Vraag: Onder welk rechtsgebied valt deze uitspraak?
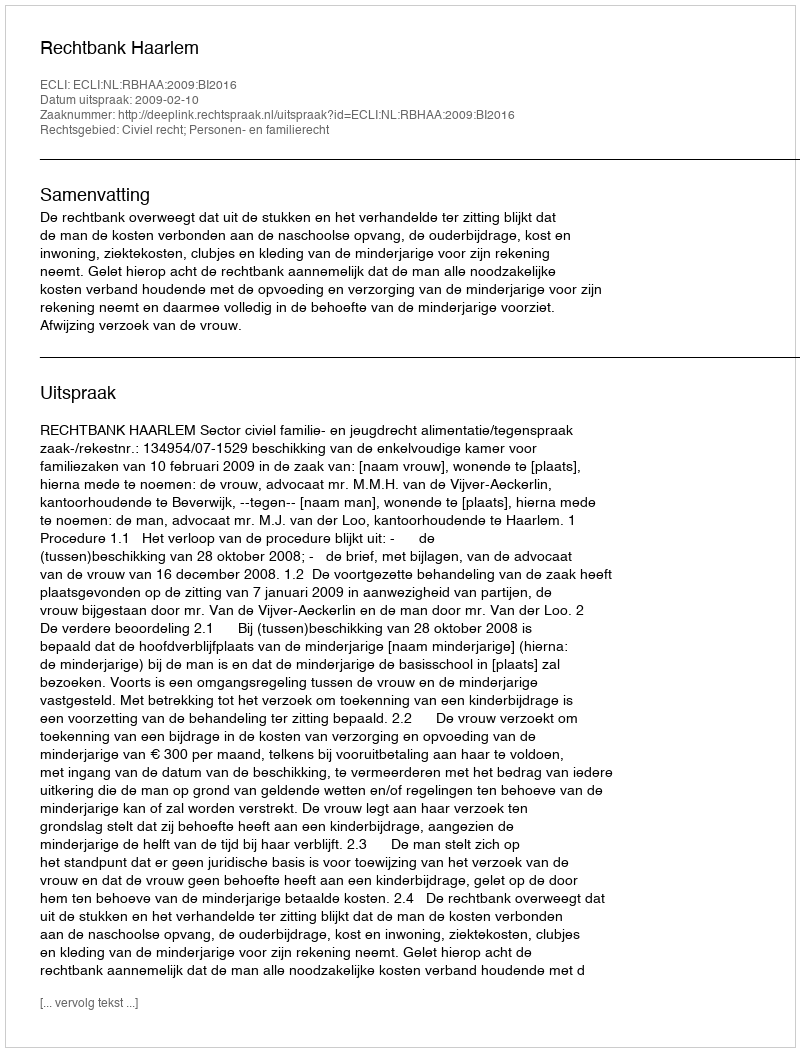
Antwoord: Civiel recht; Personen- en familierecht